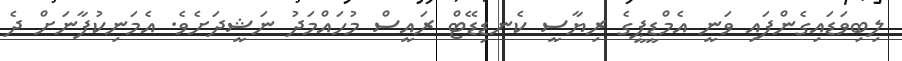
ލިބިވަޑައިގެންފައި ވަނީ އެމްޑީޕީގެ ރިޔާސީ ކެނޑިޑޭޓް ރައީސް މުހައްމަދު ނަޝީދަށެވެ. އެމަނިކުފާނަށް ދެ